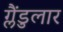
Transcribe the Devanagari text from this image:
ग्लैंडुलार